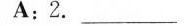
A:2. ___